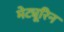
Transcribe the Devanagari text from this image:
मेट्यूरिन